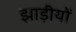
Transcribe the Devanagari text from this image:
झाड़ीयों